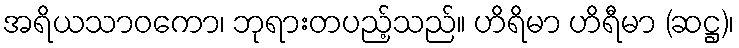
အရိယသာဝကော၊ ဘုရားတပည့်သည်။ ဟိရိမာ ဟိရီမာ (ဆဋ္ဌ)၊